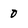
Character: 0